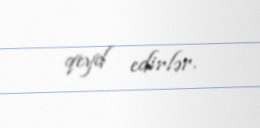
qeyd edirlər.